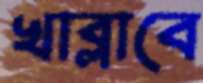
খাব্‌লাবে